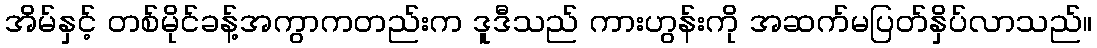
အိမ်နှင့် တစ်မိုင်ခန့်အကွာကတည်းက ဒူဒီသည် ကားဟွန်းကို အဆက်မပြတ်နှိပ်လာသည်။